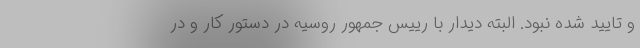
و تایید شده نبود. البته دیدار با رییس جمهور روسیه در دستور کار و در